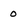
Character: 0